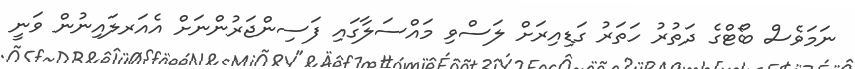
ނަމަވެސް ބޯޓްގެ ދަތުރު ހަތަރު ގަޑިއިރަށް ލަސްވި މައްސަލާގައި ފަސިންޖަރުންނަށް އެއަރލައިނުން ވަނީ